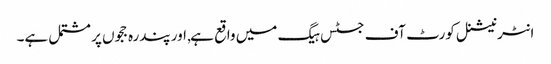
انٹرنیشنل کورٹ آف جسٹس ہیگ میں واقع ہے, اور پندرہ ججوں پر مشتمل ہے۔